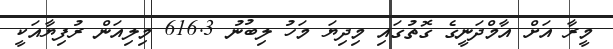
މީރާ އަށް އާމްދަނީގެ ގޮތުގައި މިދިޔަ މަހު ލިބުނު 616.3 މިލިއަން ރުފިޔާއަކީ